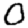
Digit: 0